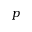
p